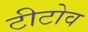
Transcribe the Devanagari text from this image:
टीटोव